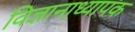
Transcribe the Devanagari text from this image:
विज्ञानाध्यापक